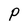
Character: p